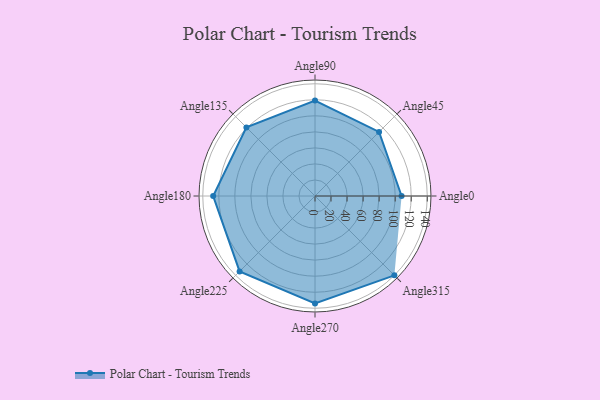
{"axis": {"x": "Angle", "y": "Radius"}, "legend": [""], "data": [{"x": "Angle0", "y": 108.0, "type": ""}, {"x": "Angle45", "y": 113.0, "type": ""}, {"x": "Angle90", "y": 119.0, "type": ""}, {"x": "Angle135", "y": 121.0, "type": ""}, {"x": "Angle180", "y": 127.0, "type": ""}, {"x": "Angle225", "y": 133.0, "type": ""}, {"x": "Angle270", "y": 134.0, "type": ""}, {"x": "Angle315", "y": 140.0, "type": ""}]}